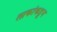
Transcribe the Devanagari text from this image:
लाकांकडून